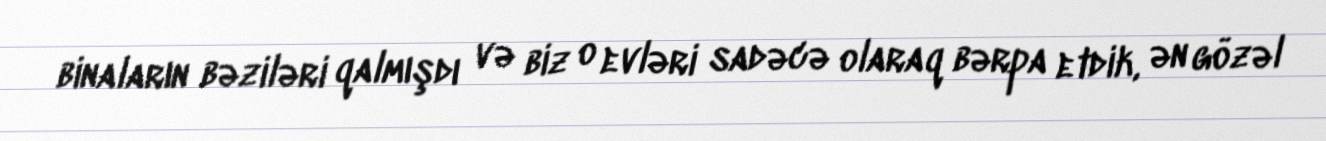
binaların bəziləri qalmışdı və biz o evləri sadəcə olaraq bərpa etdik, ən gözəl